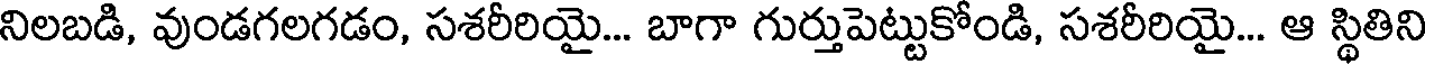
నిలబడి, వుండగలగడం, సశరీరియై... బాగా గుర్తుపెట్టుకోండి, సశరీరియై... ఆ స్థితిని